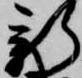
新